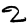
Digit: 2